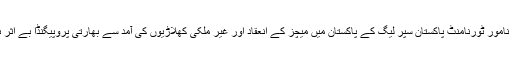
کرکٹ کے نامور ٹورنامنٹ پاکستان سپر لیگ کے پاکستان میں میچز کے انعقاد اور غیر ملکی کھلاڑیوں کی آمد سے بھارتی پروپیگنڈا بے اثر ہو چکا ہے۔